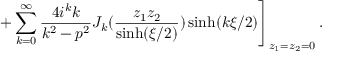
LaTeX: \left. + \sum _ { k = 0 } ^ { \infty } \frac { 4 i ^ { k } k } { k ^ { 2 } - p ^ { 2 } } J _ { k } ( \frac { z _ { 1 } z _ { 2 } } { \sinh ( \xi / 2 ) } ) \sinh ( k \xi / 2 ) \right] _ { z _ { 1 } = z _ { 2 } = 0 } .